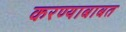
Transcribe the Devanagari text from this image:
करण्‍याबाबत